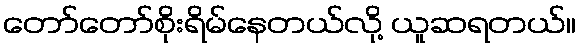
တော်တော်စိုးရိမ်နေတယ်လို့ ယူဆရတယ်။